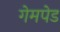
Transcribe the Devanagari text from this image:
गेमपेड